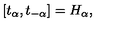
[ t _ { \alpha } , t _ { - \alpha } ] = H _ { \alpha } ,